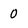
Character: 0